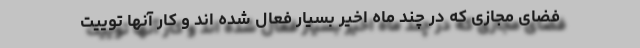
فضای مجازی که در چند ماه اخیر بسیار فعال شده اند و کار آنها توییت